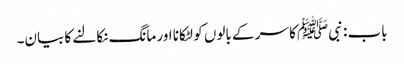
باب : نبیﷺ کا سر کے بالوں کو لٹکانا اور مانگ نکالنے کا بیان۔